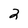
Character: 2